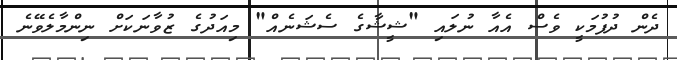
ދެން ދުފުމަކީ ވެސް އެއާ ނުލައި "ޝީޝާގެ ސެޝަނެއް" މިއަދުގެ ޒުވާނަކަށް ނިންމާލެވޭނެ